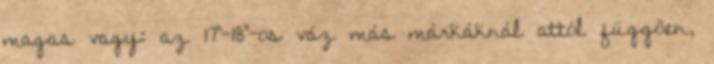
magas vagy: az 17"-18"-os váz más márkáknál attól függõen,